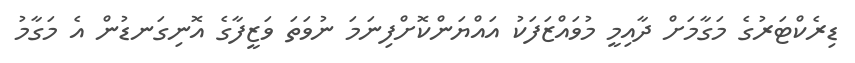
ޑިރެކްޓަރުގެ މަގާމަށް ދާއިމީ މުވައްޒަފަކު އައްޔަންކޮށްފިނަމަ ނުވަތަ ވަޒީފާގެ އޮނިގަނޑުން އެ މަގާމު